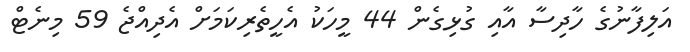
އަލިފާނުގެ ހާދިސާ އާއި ގުޅިގެން 44 މީހަކު އެހީތެރިކަމަށް އެދިއްޖެ 59 މިނެޓް